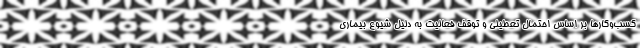
کسب‌وکارها بر اساس احتمال تعطیلی و توقف فعالیت به دلیل شیوع بیماری